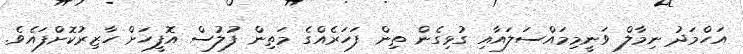
އަހްމަދު ނިމާލް ވަނީމިމައްސަލައާއި ގުޅިގެން ތިން ފަހަރެއްގެ މަތިން ފުލުސް އޮފީހަށް ހާޒިރުކޮށްފައެވެ.